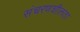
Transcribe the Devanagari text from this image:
संचरणशीलता